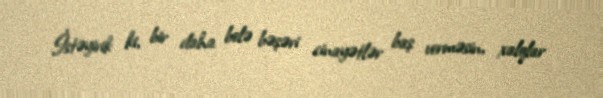
İstəyirik ki, bir daha belə bəşəri cinayətlər baş verməsin, xalqlar